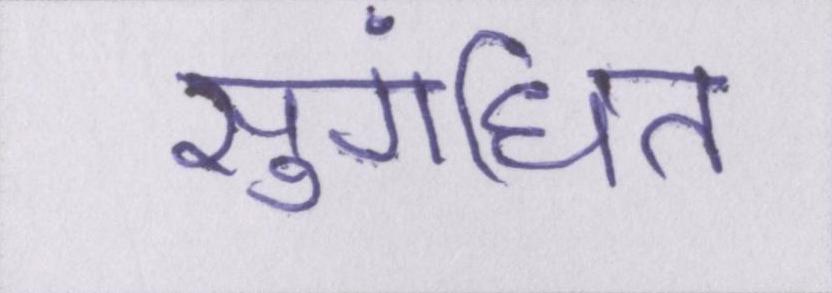
सुगंधित